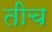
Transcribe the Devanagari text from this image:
तीच